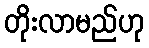
တိုးလာမည်ဟု